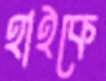
হাইকে